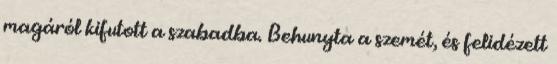
magáról kifutott a szabadba. Behunyta a szemét, és felidézett